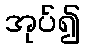
အုပ်၍